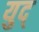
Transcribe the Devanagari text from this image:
युद्